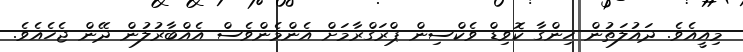
މިއީއެވެ. ދައުލަތުން ހިންގާ ކޮވިޑް ވެކްސިން ޕްރަގްރާމަށް އެންމެންވެސް އެއްބާރުލުން ދޭން ޖެހެއެވެ.